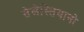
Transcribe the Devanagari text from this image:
सेलेस्तियानो